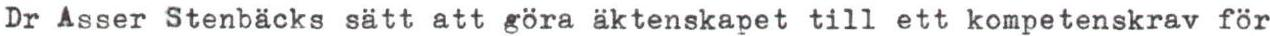
Dr Asser Stenbäcks sätt att göra äktenskapet till ett kompetenskrav för